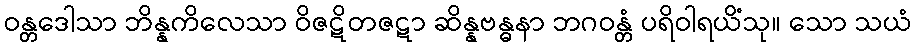
ဝန္တဒေါသာ ဘိန္နကိလေသာ ဝိဇဋိတဇဋာ ဆိန္နဗန္ဓနာ ဘဂဝန္တံ ပရိဝါရယိံသု။ သော သယံ